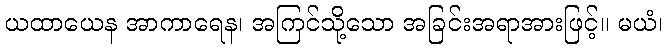
ယထာယေန အာကာရေန၊ အကြင်သို့သော အခြင်းအရာအားဖြင့်။ မယံ၊